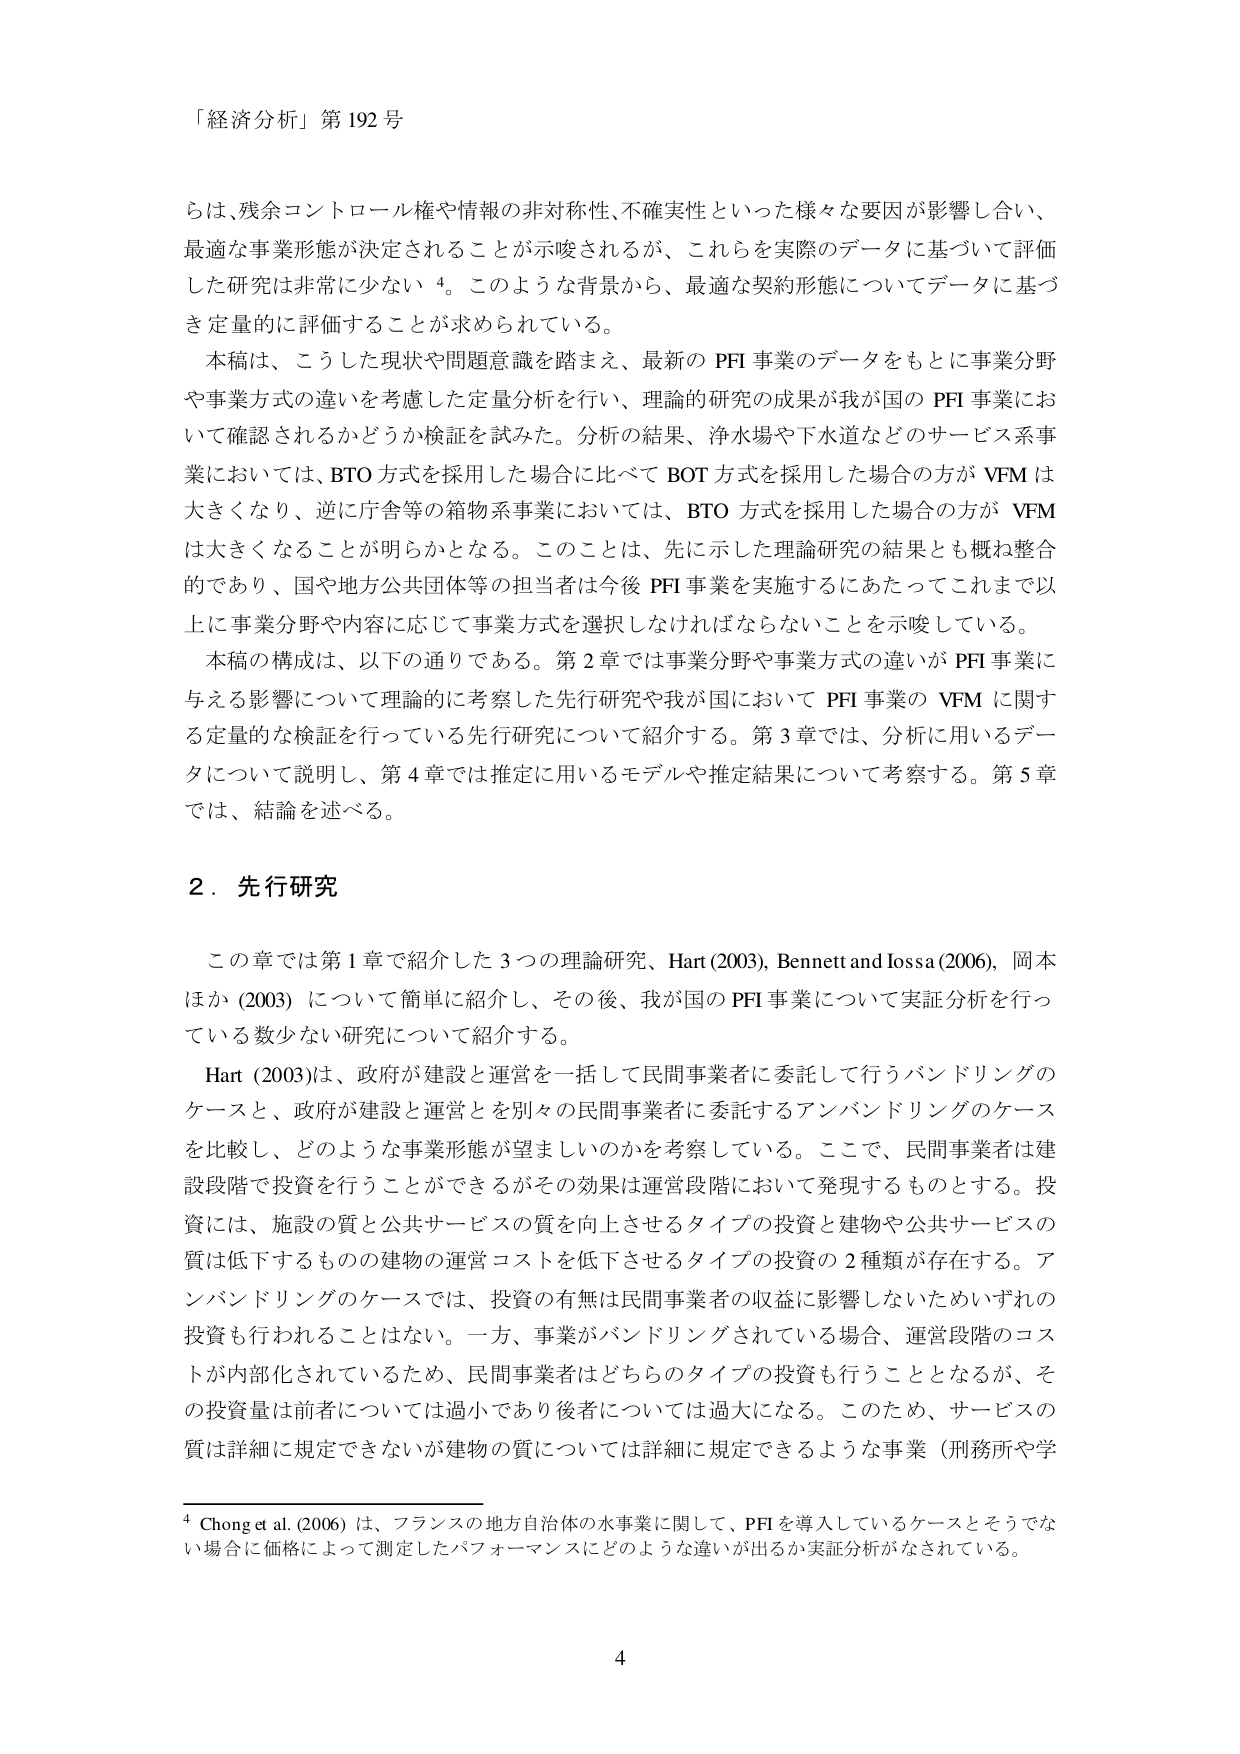
「経済分析」第192号

らは、残余コントロール権や情報の非対称性、不確実性といった様々な要因が影響し合い、
最適な事業形態が決定されることが示唆されるが、これらを実際のデータに基づいて評価
した研究は非常に少ない⁴。このような背景から、最適な契約形態についてデータに基づ
き定量的に評価することが求められている。

本稿は、こうした現状や問題意識を踏まえ、最新のPFI事業のデータをもとに事業分野
や事業方式の違いを考慮した定量分析を行い、理論的研究の成果が我が国のPFI事業にお
いて確認されるかどうか検証を試みた。分析の結果、浄水場や下水道などのサービス系事
業においては、BTO方式を採用した場合に比べてBOT方式を採用した場合の方がVFMは
大きくなり、逆に庁舎等の箱物系事業においては、BTO方式を採用した場合の方がVFM
は大きくなることが明らかとなる。このことは、先に示した理論研究の結果とも概ね整合
的であり、国や地方公共団体等の担当者は今後PFI事業を実施するにあたってこれまで以
上に事業分野や内容に応じて事業方式を選択しなければならないことを示唆している。

本稿の構成は、以下の通りである。第2章では事業分野や事業方式の違いがPFI事業に
与える影響について理論的に考察した先行研究や我が国においてPFI事業のVFMに関す
る定量的な検証を行っている先行研究について紹介する。第3章では、分析に用いるデー
タについて説明し、第4章では推定に用いるモデルや推定結果について考察する。第5章
では、結論を述べる。

2．先行研究

この章では第1章で紹介した3つの理論研究、Hart(2003)、Bennett and Iossa(2006)、岡本
ほか(2003)について簡単に紹介し、その後、我が国のPFI事業について実証分析を行っ
ている数少ない研究について紹介する。

Hart(2003)は、政府が建設と運営を一括して民間事業者に委託して行うバンドリングの
ケースと、政府が建設と運営を別々の民間事業者に委託するアンバンドリングのケース
を比較し、どのような事業形態が望ましいのかを考察している。ここで、民間事業者は建
設段階で投資を行うことができるがその効果は運営段階において発現するものとする。投
資には、施設の質と公共サービスの質を向上させるタイプの投資と建物や公共サービスの
質は低下するものの建物の運営コストを低下させるタイプの投資の2種類が存在する。ア
ンバンドリングのケースでは、投資の有無は民間事業者の収益に影響しないためいずれの
投資も行われることはない。一方、事業がバンドリングされている場合、運営段階のコス
トが内部化されているため、民間事業者はどちらのタイプの投資も行うこととなるが、そ
の投資量は前者については過小であり後者については過大になる。このため、サービスの
質は詳細に規定できないが建物の質については詳細に規定できるような事業（刑務所や学

⁴ Chong et al. (2006) は、フランスの地方自治体の水事業に関して、PFIを導入しているケースとそうでな
い場合に価格によって測定したパフォーマンスにどのような違いが出るか実証分析がなされている。

4